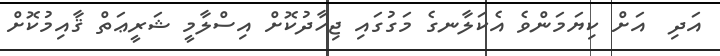
އަދި  އަށް ކިޔަމަންވެ އެކަލާނގެ މަގުގައި ޖިހާދުކޮށް އިސްލާމީ ޝަރީޢަތް ޤާއިމުކޮށް